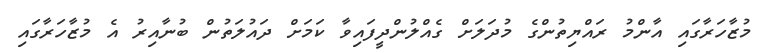
މުޒާހަރާގައި އާންމު ރައްޔިތުންގެ މުދަލަށް ގެއްލުންދީފައިވާ ކަމަށް ދައުލަތުން ބުނާއިރު އެ މުޒާހަރާގައި